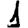
Digit: 1